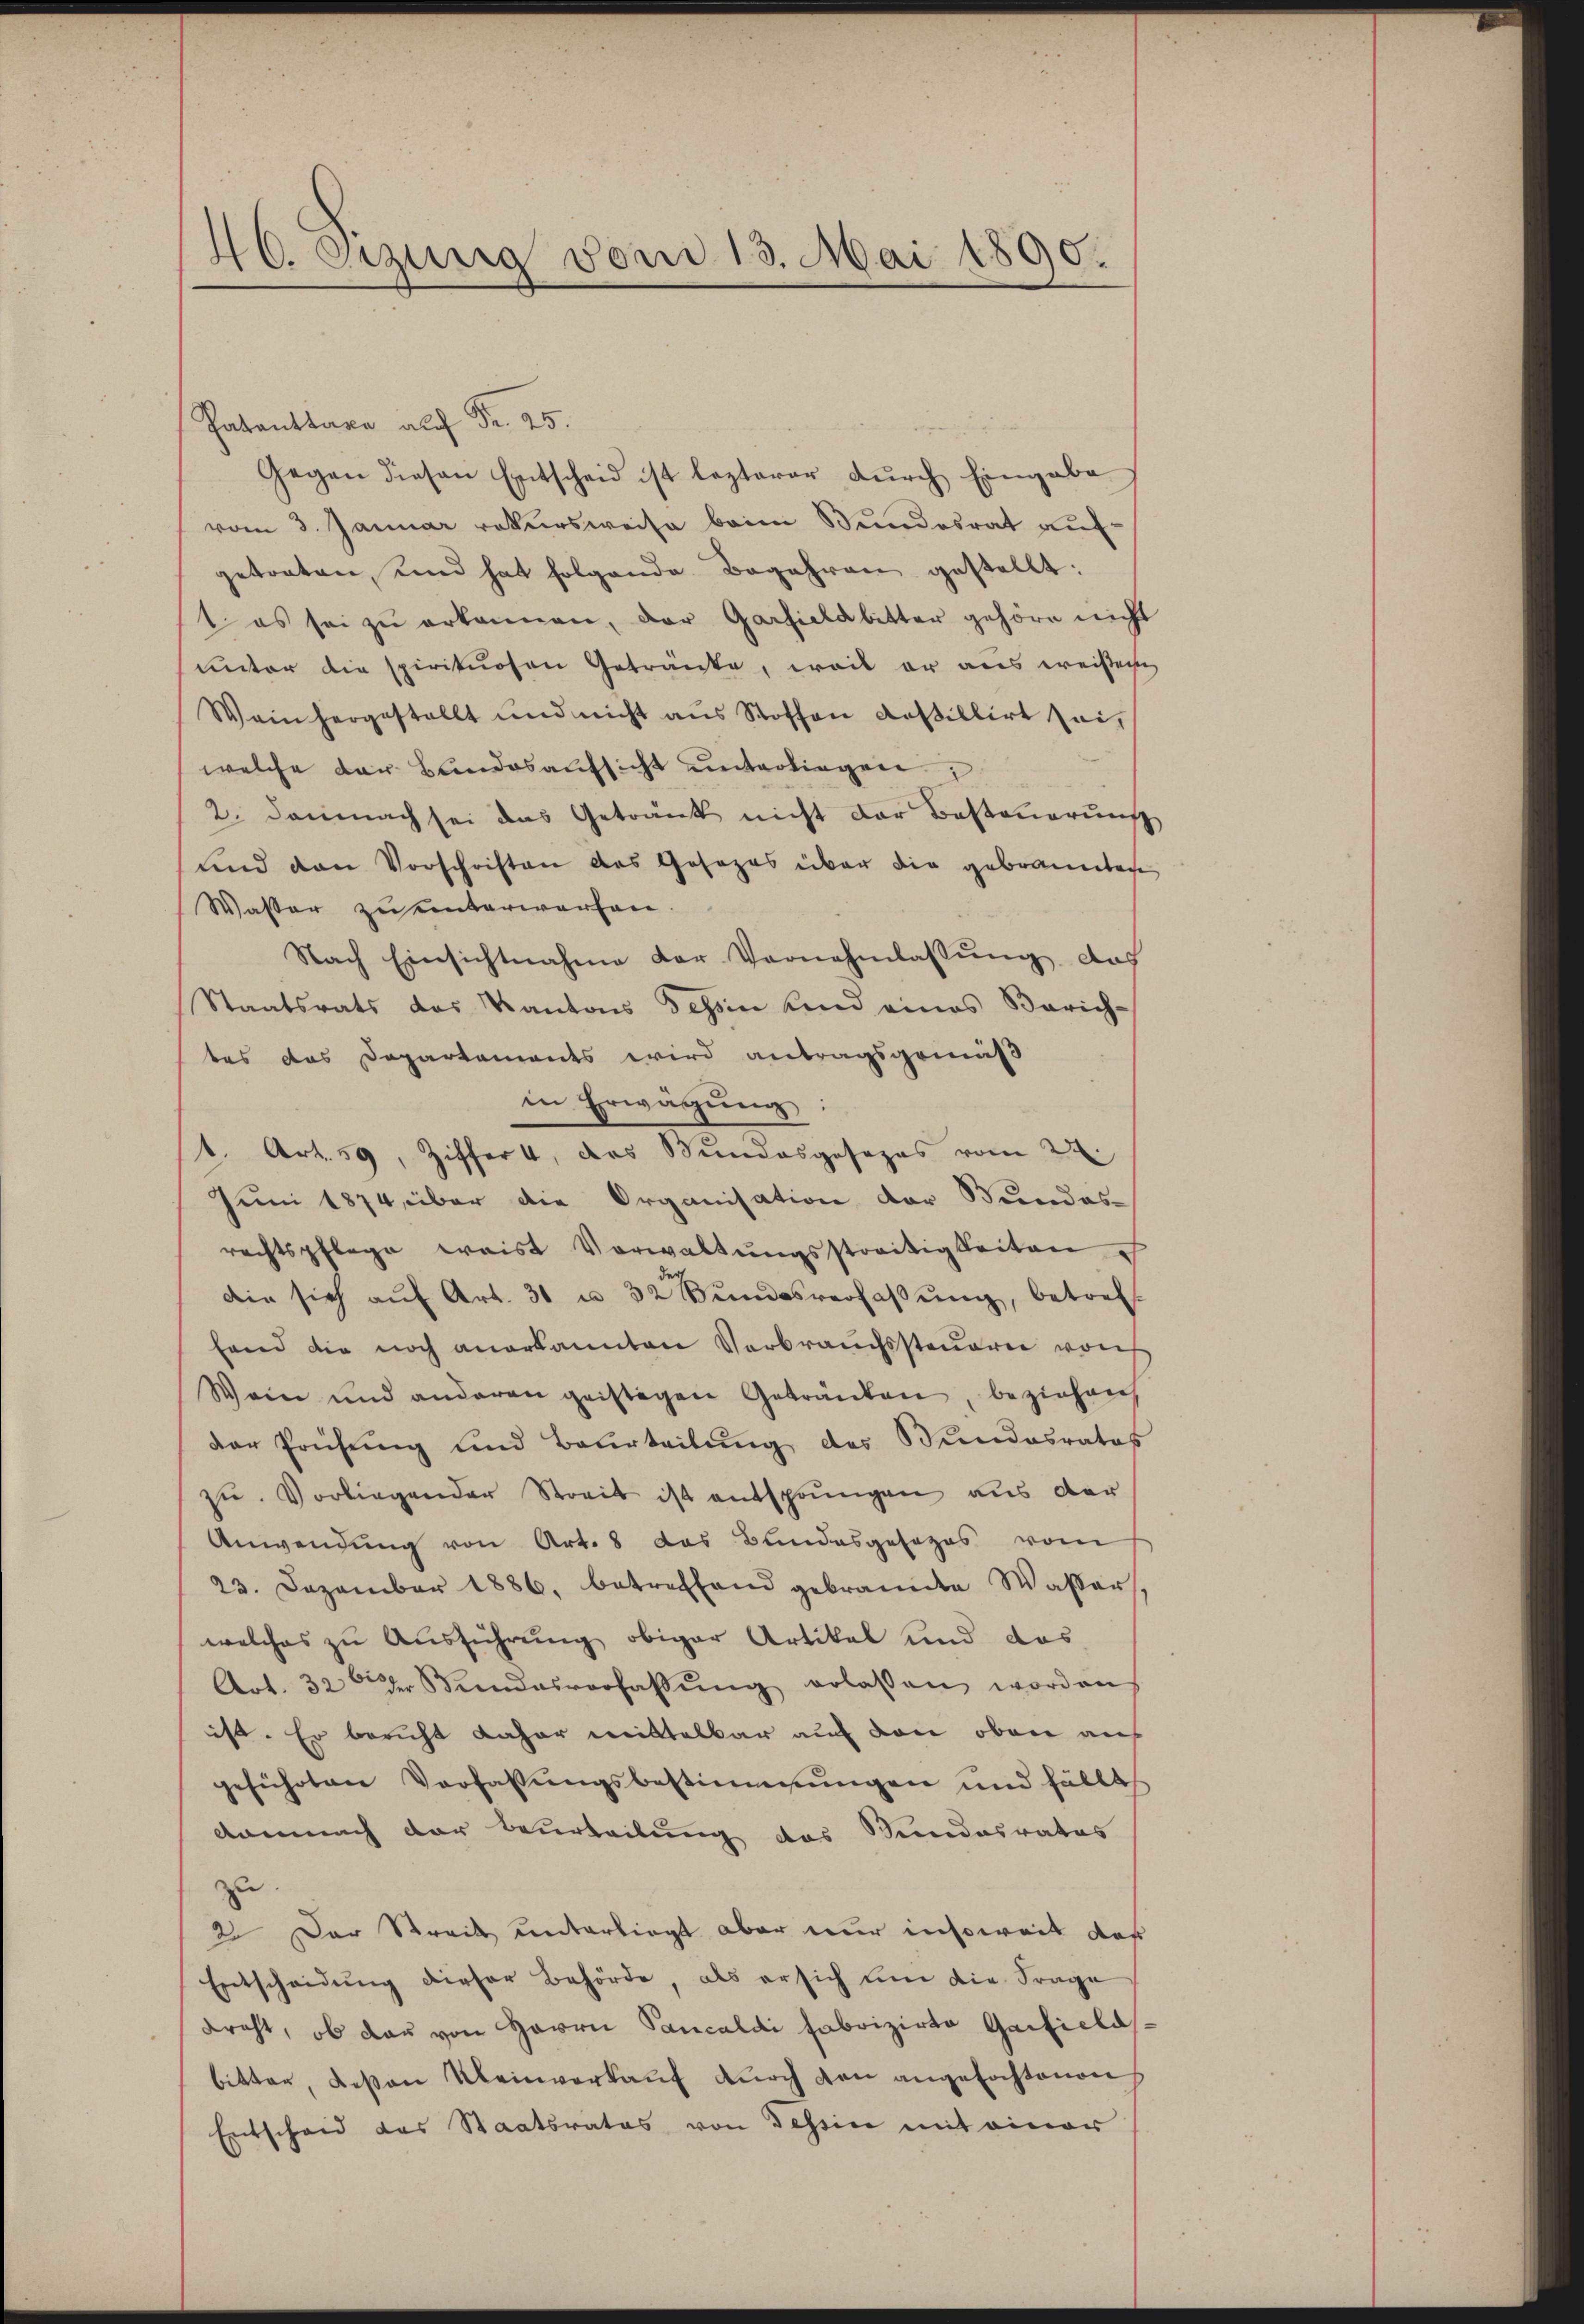
40. etzung vom 13. Mai 1890.

r. 25.
Gegen diesen Entscheid ist lezterer durch Eingabe
vom 3. Januar rekursweise beim Bundesrat aufgetraten, und hat folgende Begehren gestellt:
as sei zŭ erkannen, der Garfield bitter gehöre nicht
unter die spirituosen Getränke, weil er aus weisen
Wein hergestellt und nicht aus Stoffen dasellirt sei,
welche der Bundesaufsicht unterliegen
2. Demnach sei das Getränk nicht der Besteuerung
und den Vorschriften des Gesezes über die gebrannten
Wasser zu unterworfen.
Nach Einsichtnahme der Vernehmlassŭng, das
Staatsrats das Kantons Tessin und eines Zürich-
tes das Departements wird antragsgemäß
in Erwägŭng:
t. Art. 59, Ziffer 4, das Bundesgesezes vom 22.
Juni 1874 über die Organisation der Bundes-
rechtspflege waist Verwaltŭngsstreitigkeiten
die sich aŭf Art. 31 u. 32 Bŭndesverfaβŭng, betref
fand die noch anerkannten Verbrauchssteueren vorh
Wein und anderen geistigen Getränken, beziehen,
der Prüfŭng und Beurteilŭng des Bundesrates
zŭ. Vorliegender Streit ist entsprungen aus der
Anwendung von Art. 8 das Bundesgesezes vom
23. Dezember 1886, betreffend gebrannte Wasser
welches zu Ausführung obiger Artikel und das
Art. 32 der Bundesverfassŭng erlassen worden
ist. Er bericht daher mittelbar auf den oben auf
geführten Verfassŭngsbestimmungen und fällt.
danach der Beurteilung des Bundesrates
zu
2o Der Streit unterliegt aber nur insoweit daß
Entscheidŭng dieser Behörde, als er sich um die Frage
draht, ob das von Herrn Pancaldi Fabrizirte Garticlasbitter, deßen Kleinverkauf durch den angefochtenen
Entscheid das Staatsrates von Tessin mit einer